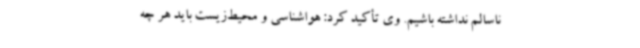
ناسالم نداشته باشیم. وی تأکید کرد: هواشناسی و محیط‌زیست باید هر چه